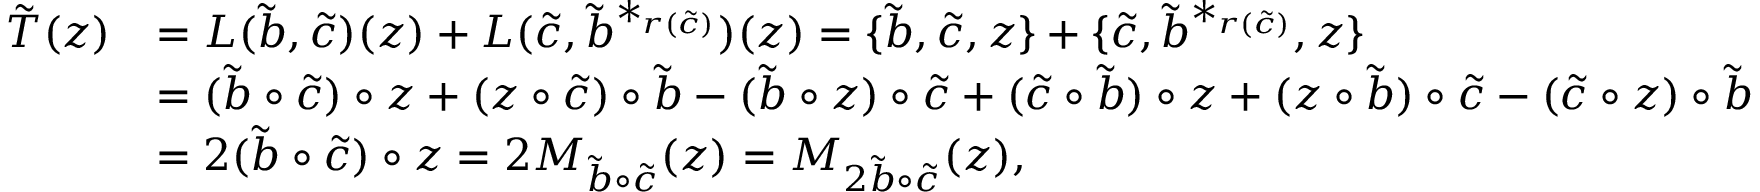
\begin{array} { r l } { \tilde { T } ( z ) } & { = L ( \tilde { b } , \tilde { c } ) ( z ) + L ( \tilde { c } , \tilde { b } ^ { * _ { r ( \tilde { c } ) } } ) ( z ) = \{ \tilde { b } , \tilde { c } , z \} + \{ \tilde { c } , \tilde { b } ^ { * _ { r ( \tilde { c } ) } } , z \} } \\ & { = ( \tilde { b } \circ \tilde { c } ) \circ z + ( z \circ \tilde { c } ) \circ \tilde { b } - ( \tilde { b } \circ z ) \circ \tilde { c } + ( \tilde { c } \circ \tilde { b } ) \circ z + ( z \circ \tilde { b } ) \circ \tilde { c } - ( \tilde { c } \circ z ) \circ \tilde { b } } \\ & { = 2 ( \tilde { b } \circ \tilde { c } ) \circ z = 2 M _ { \tilde { b } \circ \tilde { c } } ( z ) = M _ { 2 \tilde { b } \circ \tilde { c } } ( z ) , } \end{array}